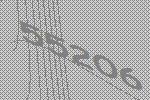
55206